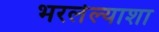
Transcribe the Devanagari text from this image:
भरलेल्याशा